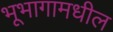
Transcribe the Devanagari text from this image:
भूभागामधील